Some observations on the morphology and mechanism of the parts in the orthorrapha - Number 58
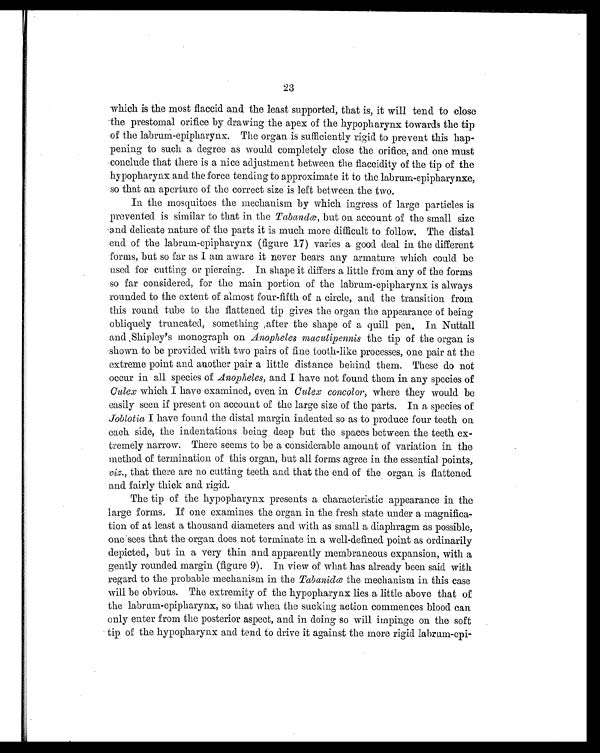
23
which is the most flaccid and the least supported, that is, it will tend to close
the prestomal orifice by drawing the apex of the hypopharynx towards the tip
of the labrum-epipharynx. The organ is sufficiently rigid to prevent this hap-
pening to such a degree as would completely close the orifice, and one must
conclude that there is a nice adjustment between the flaccidity of the tip of the
hypopharynx and the force tending to approximate it to the labrum-epipharynxe,
so that an aperture of the correct size is left between the two.
In the mosquitoes the mechanism by which ingress of large particles is
prevented is similar to that in the Tabandœ, but on account of the small size
and delicate nature of the parts it is much more difficult to follow. The distal
end of the labrum-epipharynx (figure 17) varies a good deal in the different
forms, but so far as I am aware it never bears any armature which could be
used for cutting or piercing. In shape it differs a little from any of the forms
so far considered, for the main portion of the labrum-epipharynx is always
rounded to the extent of almost four-fifth of a circle, and the transition from
this round tube to the flattened tip gives the organ the appearance of being
obliquely truncated, something after the shape of a quill pen. In Nuttall
and Shipley's monograph on Anopheles maculipennis the tip of the organ is
shown to be provided with two pairs of fine tooth-like processes, one pair at the
extreme point and another pair a little distance behind them. These do not
occur in all species of Anopheles, and I have not found them in any species of
Culex which I have examined, even in Culex concolor, where they would be
easily seen if present on account of the large size of the parts. In a species of
Joblotia I have found the distal margin indented so as to produce four teeth on
each side, the indentations being deep but the spaces between the teeth ex-
tremely narrow. There seems to be a considerable amount of variation in the
method of termination of this organ, but all forms agree in the essential points,
viz., that there are no cutting teeth and that the end of the organ is flattened
and fairly thick and rigid.
The tip of the hypopharynx presents a characteristic appearance in the
large forms. If one examines the organ in the fresh state under a magnifica-
tion of at least a thousand diameters and with as small a diaphragm as possible,
one sees that the organ does not terminate in a well-defined point as ordinarily
depicted, but in a very thin and apparently membraneous expansion, with a
gently rounded margin (figure 9). In view of what has already been said with
regard to the probable mechanism in the Tabanidœ the mechanism in this case
will be obvious. The extremity of the hypopharynx lies a little above that of
the labrum-epipharynx, so that when the sucking action commences blood can
only enter from the posterior aspect, and in doing so will impinge on the soft
tip of the hypopharynx and tend to drive it against the more rigid labram-epi-